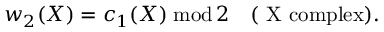
w _ { 2 } ( X ) = c _ { 1 } ( X ) \; \mathrm { m o d } \, 2 \quad \mathrm { ( ~ X ~ c o m p l e x ) } .